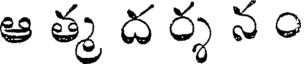
ఆ త్మ ద ర్శ న ం